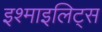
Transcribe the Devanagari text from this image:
इश्माइलिट्स